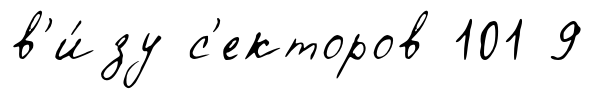
в'и́зу с'екторов 101 9